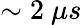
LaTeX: \sim 2\ \mu s